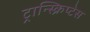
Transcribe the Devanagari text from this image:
ट्रान्स्क्रिप्टेस